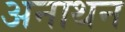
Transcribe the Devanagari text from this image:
अनाथन